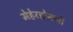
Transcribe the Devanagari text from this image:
मेहेरहोमजी